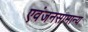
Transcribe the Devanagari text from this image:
एवंजनसामान्य